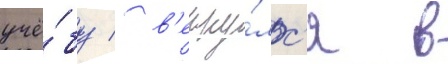
учё́бу / в'ерну́лс'я в